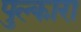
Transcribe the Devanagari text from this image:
पुल्कारा